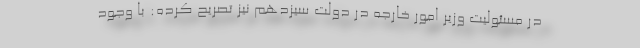
در مسئولیت وزیر امور خارجه در دولت سیزدهم نیز تصریح کرده:‌ با وجود